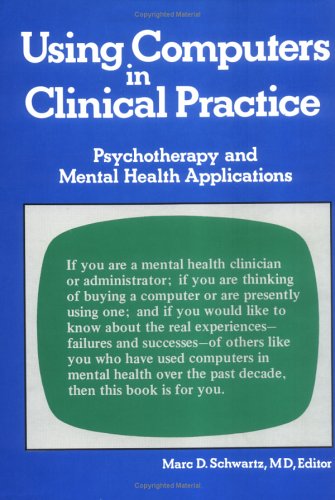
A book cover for Using Computers in Clinical Practice: Psychotherapy and Mental Health; Marc D Schwartz; Medical Books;